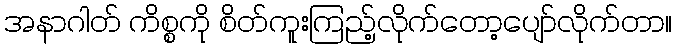
အနာဂါတ် ကိစ္စကို စိတ်ကူးကြည့်လိုက်တော့ပျော်လိုက်တာ။